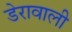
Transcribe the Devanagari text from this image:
डेरावाली